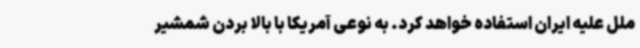
ملل علیه ایران استفاده خواهد کرد. به نوعی آمریکا با بالا بردن شمشیر